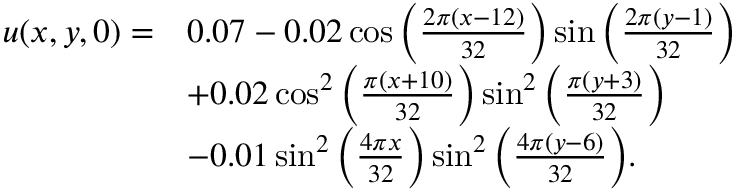
\begin{array} { r l } { u ( x , y , 0 ) = } & { 0 . 0 7 - 0 . 0 2 \cos \Big ( \frac { 2 \pi ( x - 1 2 ) } { 3 2 } \Big ) \sin \Big ( \frac { 2 \pi ( y - 1 ) } { 3 2 } \Big ) } \\ & { + 0 . 0 2 \cos ^ { 2 } \Big ( \frac { \pi ( x + 1 0 ) } { 3 2 } \Big ) \sin ^ { 2 } \Big ( \frac { \pi ( y + 3 ) } { 3 2 } \Big ) } \\ & { - 0 . 0 1 \sin ^ { 2 } \Big ( \frac { 4 \pi x } { 3 2 } \Big ) \sin ^ { 2 } \Big ( \frac { 4 \pi ( y - 6 ) } { 3 2 } \Big ) . } \end{array}